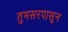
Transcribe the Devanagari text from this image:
तुमसरपासून